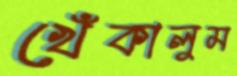
খেঁকালুম